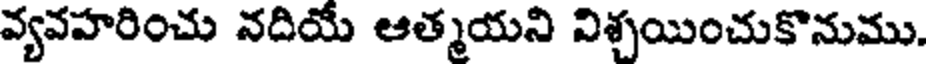
వ్యవహరించు నదియే ఆత్మయని విశ్చయించుకొనుము.